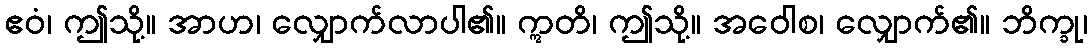
ဧဝံ၊ ဤသို့။ အာဟ၊ လျှောက်လာပါ၏။ ဣတိ၊ ဤသို့။ အဝေါစ၊ လျှောက်၏။ ဘိက္ခု၊